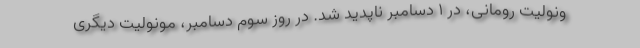
ونولیت رومانی، در ۱ دسامبر ناپدید شد. در روز سوم دسامبر، مونولیت دیگری